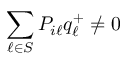
\sum _ { \ell \in S } P _ { i \ell } q _ { \ell } ^ { + } \neq 0